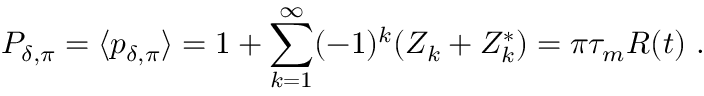
P _ { \delta , \pi } = \langle p _ { \delta , \pi } \rangle = 1 + \sum _ { k = 1 } ^ { \infty } ( - 1 ) ^ { k } ( Z _ { k } + Z _ { k } ^ { * } ) = \pi \tau _ { m } R ( t ) \ .